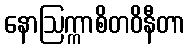
နောဩက္ကာစိတဝိနီတာ